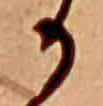
か